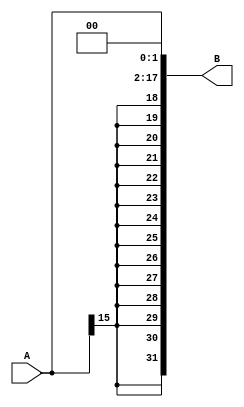
module sext_112(A, B);

input [15:0] A;
output [31:0] B;

assign B[31:2] = {{(14){A[15]}}, A};
assign B[1:0] = 2'b00;

endmodule